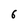
Character: 6